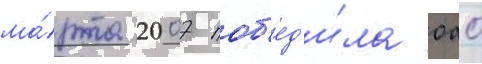
ма́рта 2007 поб'ед'и́ла оао